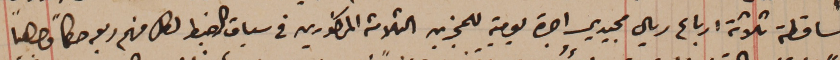
الساقطة ثلاثة ارباع ريال مجيدي اجرة يومية للمجزين الثلاثة المذكورين في سياق الضبط لكل منهم ومعه حكماً وجاهياً